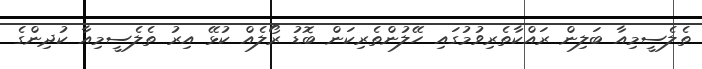
ތެލެސީމިއާ ބަލިން ރައްކާތެރިވުމުގައި ހޭލުންތެރިކަން ބޮޑު ރޯލެއް ކުޅޭ އިރު ތެލެސީމިއާ ކުދިންގެ